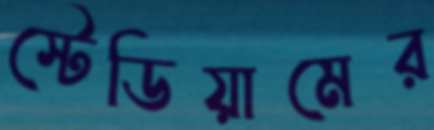
স্টেডিয়ামের